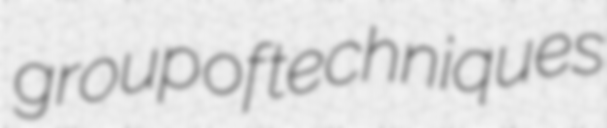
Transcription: group of techniques